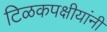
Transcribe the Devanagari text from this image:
टिळकपक्षीयांनी